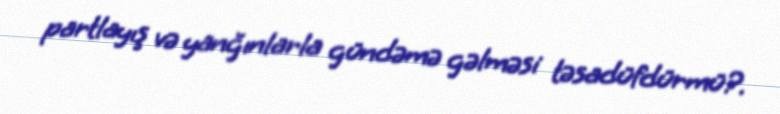
partlayış və yanğınlarla gündəmə gəlməsi təsadüfdürmü?.